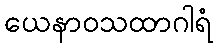
ယေနာဝသထာဂါရံ